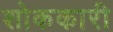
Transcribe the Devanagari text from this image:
शोककारी